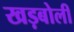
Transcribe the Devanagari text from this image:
खड़बोली